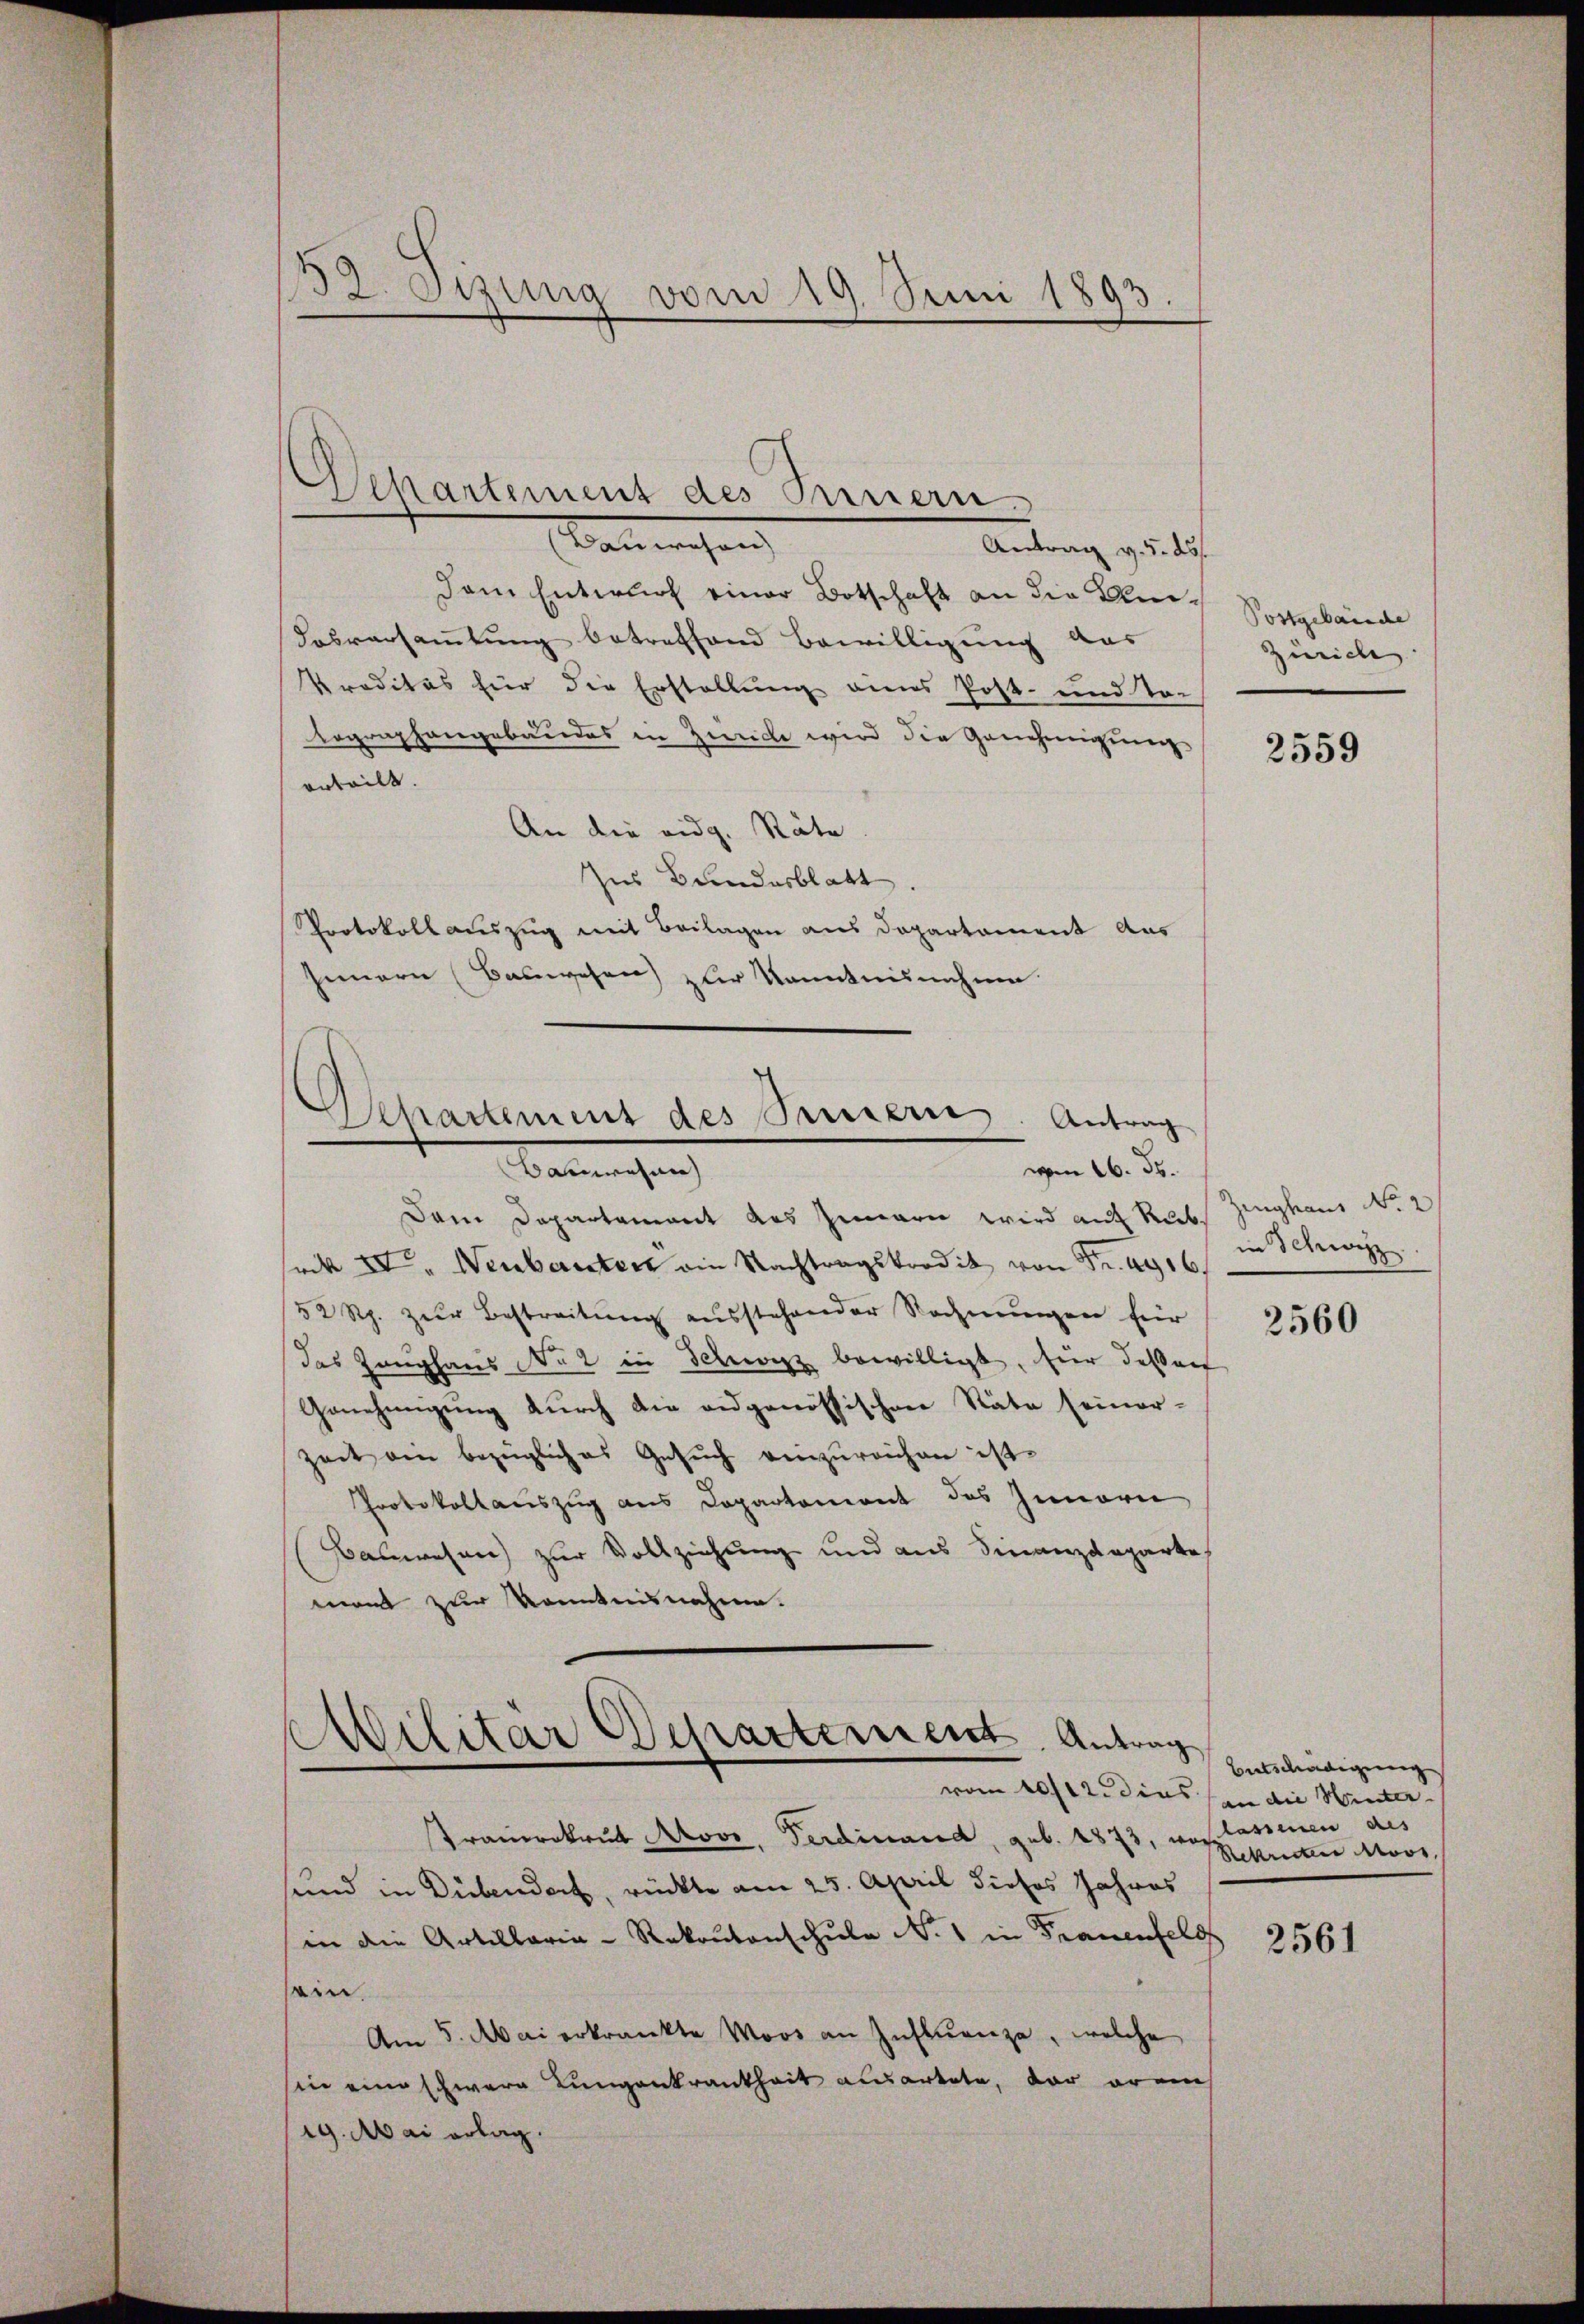
52. Sizung vom 19. Juni 1893.

Departement des Innern
almechan
Antrag v. 5. ds.

dam Entwurf einer Botschaft an die Um¬
Dasversammlung betreffend Bewilligung das
Preditas für die Erstellung eines Post- und To-
Lographangebäudes in Zürich wird die Genehmigung
orteilt.
An die eidg. Räte
Ins Bundesblatt.
Protokollauszug mit Beilagen aus Departement aus
Innern (Bauwesen) zur Kenntnisnahme

Departement des Sinnern. Antrag
Banreichen
vom 16. 55.

n
Militär Departement. Antrag
vom 10/12 dies von die Winter

Dem Departament das Innern wird auf Rubsack IV. Neubauten ain Nachtragskrodik von Fr. 4916.
52 Rp. zur Bestreitŭng ausstehender Rechnŭngen für
das Zeughaus No 2 in Schwyz bewilligt, hier desserf
Genehmigung durch die eidgenössischen Stäte seiner¬
Zeit am bezügliches Gesuch einzureichen ist.
Protokollauszug aus Departement des Innern
Bahnwesen) zur Vollziehung und aus Finanzdeparte
mont zur Kenntnisnahme.

Trauerekrut Novo, Ferdinand, geb. 1873, was lassenen des
sund in Dübendorf, rückte am 25. April dieses Jahres
in die Artillaria-Rakantonschule No 1 in Frauenfeld
ein.
Am 5. Mai erkrankte Moos an Instŭenze, welche
sin eine schwere Lungenkrankheit ausartete, der arms
19. Mai erlag.

Postgebäude
Zürich

2559

Zeughaus No. 2
in Schwyz

2560

Bertschädigung
Rekruten Moos,

2561